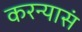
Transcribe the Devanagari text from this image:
करन्यासं